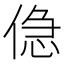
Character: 𠋎